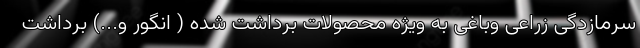
سرمازدگی زراعی وباغی به ویژه محصولات برداشت شده ( انگور و...) برداشت